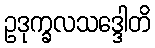
ဥဒုက္ခလသဒ္ဒေါတိ